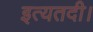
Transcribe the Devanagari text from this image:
इत्यतदी।